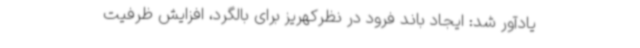
یادآور شد: ایجاد باند فرود در نظرکهریز برای بالگرد، افزایش ظرفیت